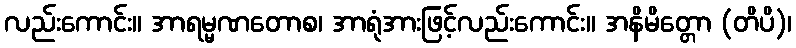
လည်းကောင်း။ အာရမ္မဏတောစ၊ အာရုံအားဖြင့်လည်းကောင်း။ အနိမိတ္တော (တိပိ)၊